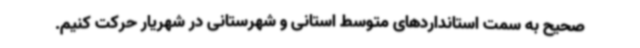
صحیح به سمت استانداردهای متوسط استانی و شهرستانی در شهریار حرکت کنیم.